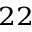
^ { 2 2 }